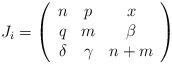
LaTeX: \begin{align*}J_i = \left( \begin{array}{ccc}n & p & x \\q & m & \beta\\\delta & \gamma & n + m \end{array} \right)\end{align*}